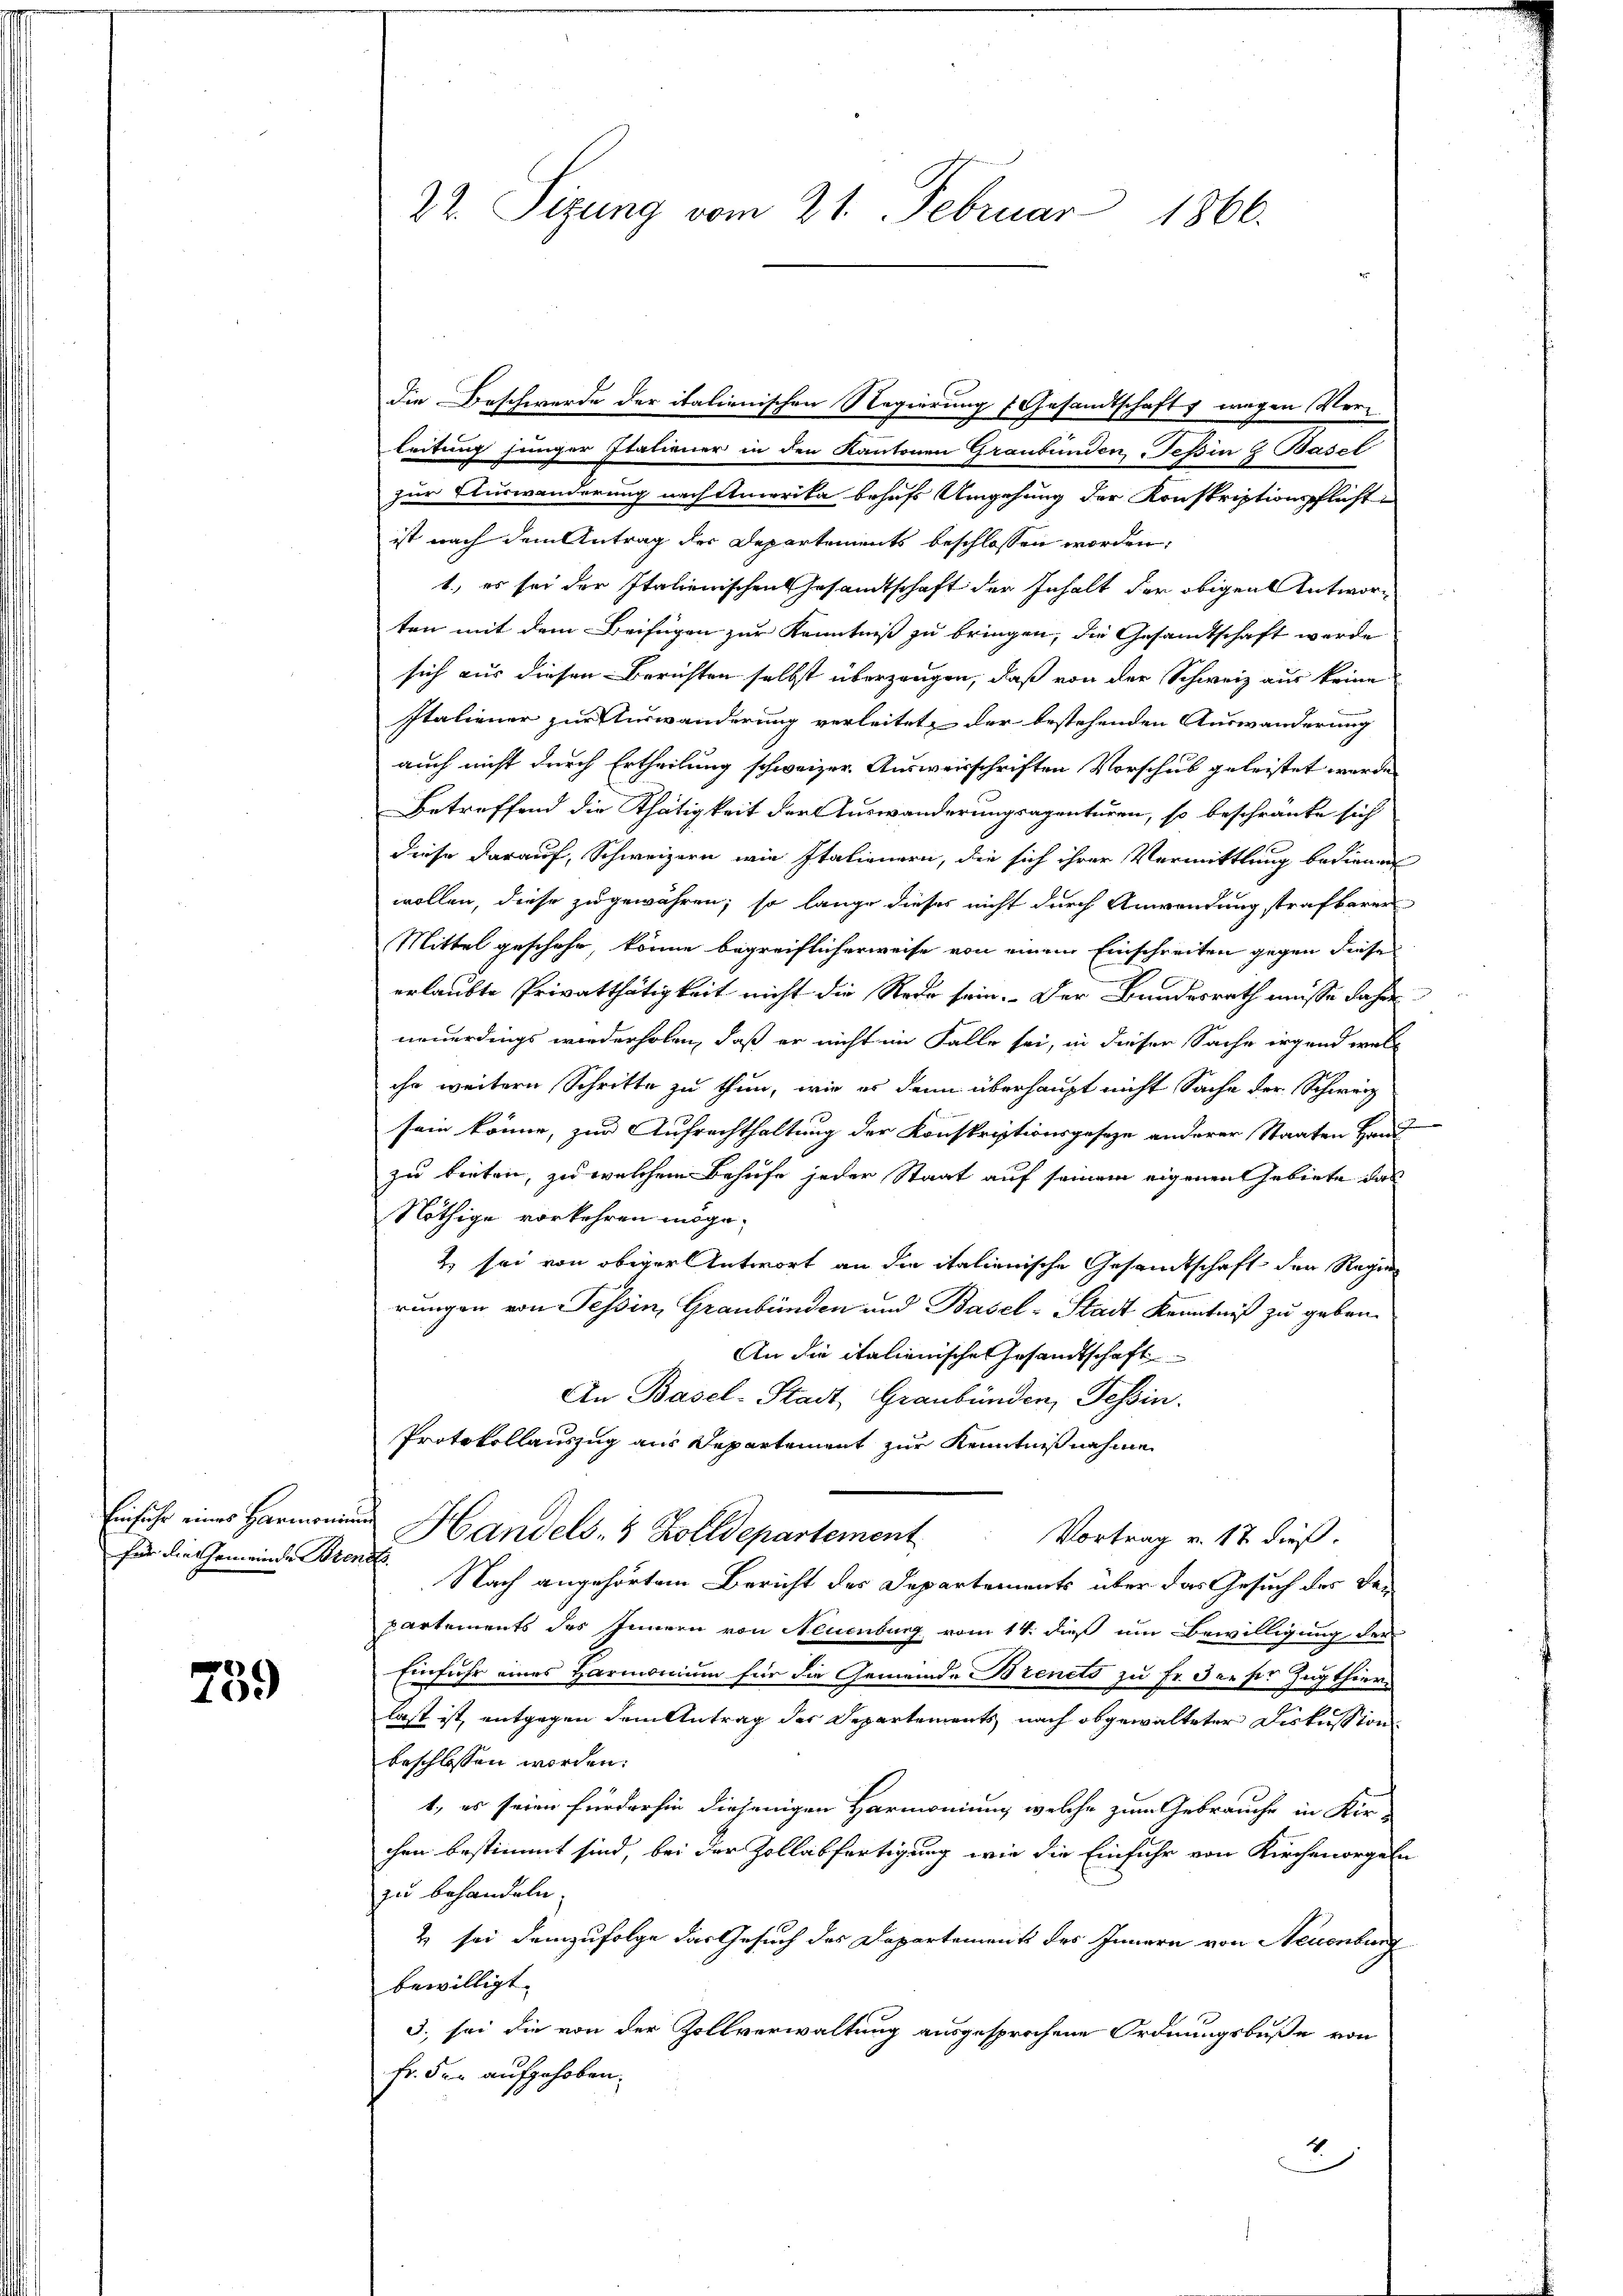
Einfuhr eines Harmonie
für die Gemeinde Bre

759

22. Sizung vom 21. Februar 1866.

die Beschwerde der italienischen Regierung (Gesandtschaft 1 wegen Verleitung junger Italiener in den Kantonen Graubünden Tessin & Basel
zur Auswanderung nach Amerika behufs Umgehung der Konskriptionspflicht
ist nach dem Antrag der Departements beschlossen worden:
1., es sei der Italienischen Gesamtschaft der Inhalt der obigen Antworten mit dem Beifügen zur Kenntniß zu bringen, die Gesandtschaft werde
sich aus diesen Berichten selbst überzeugen, daß von der Schweiz aus keine
Italiener zur Auswanderung verleitet, der bestehenden Auswanderung
auch nicht durch Ertheilung schweizer. Ausweisschriften Vorschub geleistet werde
Betreffend die Thätigkeit der Auswanderungsagenturen, so beschränke sich
diese darauf, Schweizern wie Italienern, die sich ihrer Vermittlung bedienen
wollen, diese zugewähren, so lange dieses nicht durch Anwendung strafbaren
Mittel geschehe, könne begreiflicherweise von einem Einschreiten gegen diese
erlaubte Privatthätigkeit nicht die Rede sein. Der Bundesrath müsse daher
neuerdings wiederholen, daß er nicht im Falle sei, in dieser Sache irgend welihr weitern Schritte zu thun, wie es dann überhaupt nicht Sache der Schweiz
sein könne, zur Aufrechthaltung der Konskriptionsgeseze anderer Staaten Hand
zu bieten, zu welchem Behufe jeder Staat auf seinem eigenen Gebiete das
Nöthige vorkehren möge.
2 sei von obiger Antwort an die italienische Gesandtschaft der Regen
rungen von Tessin, Graubünden und Basel-Stadt Kenntniß zu geben.
An die italienische Gesandtschaft
An Basel-Stadt, Graubünden, Tessin.
Protokollauszug aus Departement zur Kenntnißnahme
Handels- & Zolldepartement
Vortrag v. 17 dieß.
B. Nach angehörtem Bericht des Departements über das Gesuch der Verpartements des Innern von Neuenburg vom 14. dieß um Bewilligung der
Einfuhr eines Harmonium für die Gemeinde Brenets zu Fr. der ser Zugthier
last ist, entgegen dem Antrag der Departements nach abgewalteter Diskussion
beschlossen worden.
1, es seien fürderhin diejenigen Harmoniung, welche zum Gebrauche in Kir-
chen bestimmt sind, bei der Zollabfertigung wie die Einfuhr von Kirchenorgeln
zu behandeln.
2 sei demzufolge das Gesuch des Departement des Innern von Neuenburg
bewilligt.
3. sei die von der Zollverwaltung ausgesprochene Ordnungsbuße von
Fr. der aufgehoben.
2